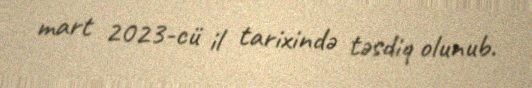
mart 2023-cü il tarixində təsdiq olunub.